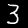
Digit: 3